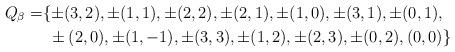
LaTeX: \begin{align*}Q_{\beta} = &\{ \pm(3,2), \pm(1,1), \pm(2,2), \pm(2,1), \pm(1,0), \pm(3,1), \pm(0,1), \\&\ \pm(2,0), \pm(1,-1), \pm(3,3), \pm(1,2), \pm(2,3), \pm(0,2), (0,0)\} \\\end{align*}